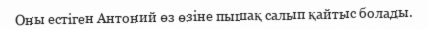
Оны естіген Антоний өз өзіне пышақ салып қайтыс болады.